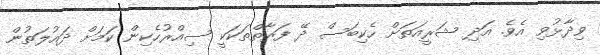
ވިދާޅުވި އެވެ. އަދި ޝަރީއަތަށް ހެކިބަސް ދޭ ފަރާތްތަކަކީ ސިއްރުހެކިން ކަމަށް ދައުލަތުން